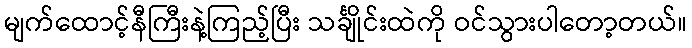
မျက်ထောင့်နီကြီးနဲ့ကြည့်ပြီး သင်္ချိုင်းထဲကို ဝင်သွားပါတော့တယ်။